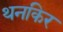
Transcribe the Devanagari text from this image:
थनकिर